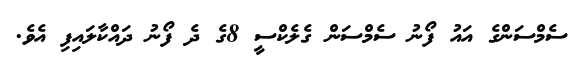
ސެމްސަންގެ އައު ފޯނު ސެމްސަން ގެލެކްސީ 8ގެ ދެ ފޯނު ދައްކާލައިފި އެވެ.